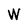
Character: W